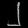
Digit: ၂